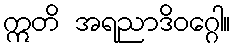
ဣတိ အရညာဒိဝဂ္ဂေါ။